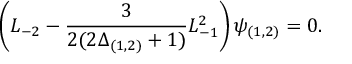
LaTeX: \left( L _ { - 2 } - \frac { 3 } { 2 ( 2 \Delta _ { ( 1 , 2 ) } + 1 ) } L _ { - 1 } ^ { 2 } \right) \psi _ { ( 1 , 2 ) } = 0 .